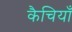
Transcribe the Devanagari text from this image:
कैचियाँ